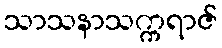
သာသနာသက္ကရာဇ်